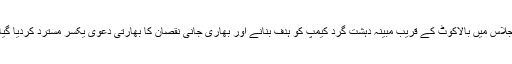
اجلاس میں بالاکوٹ کے قریب مبینہ دہشت گرد کیمپ کو ہدف بنانے اور بھاری جانی نقصان کا بھارتی دعوی یکسر مسترد کردیا گیا۔